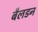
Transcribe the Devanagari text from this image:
बैलडन